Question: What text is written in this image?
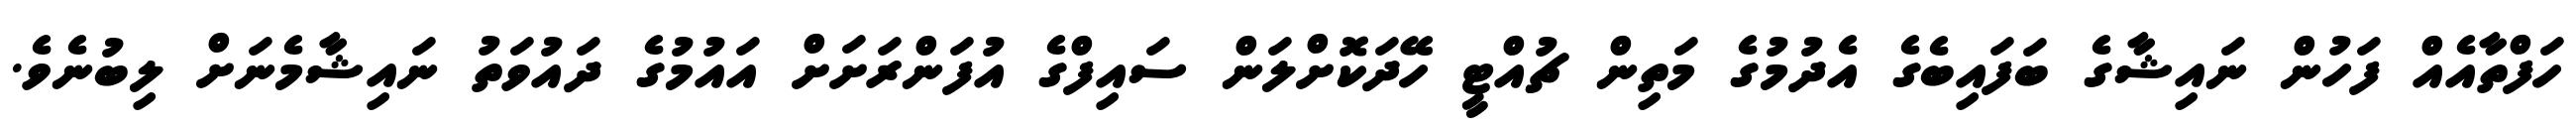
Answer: ހަފްތާއެއް ފަހުން ނައިޝާގެ ބަފައިބެގެ އެދުމުގެ މަތިން ޗުއްޓީ ހޭދަކޮށްލަން ސައިފްގެ އުފަންރަށަށް އައުމުގެ ދައުވަތު ނައިޝާމެނަށް ލިބުނެވެ.